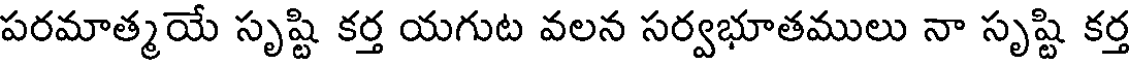
పరమాత్మయే సృష్టి కర్త యగుట వలన సర్వభూతములు నా సృష్టి కర్త